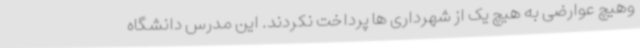
وهیچ عوارضی به هیچ یک از شهرداری ها پرداخت نکردند. این مدرس دانشگاه